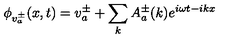
\phi _ { v _ { a } ^ { \pm } } ( x , t ) = v _ { a } ^ { \pm } + \sum _ { k } A _ { a } ^ { \pm } ( k ) e ^ { i \omega t - i k x }